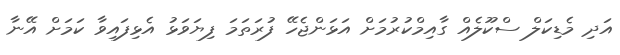
އަދި މެޑިކަލް ސްކޫލެއް ގާއިމްކުރުމަށް އަޅަންޖެހޭ ފުރަތަމަ ފިޔަވަޅު އެޅިފައިވާ ކަމަށް އޭނާ